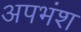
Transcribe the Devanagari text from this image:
अपभंश